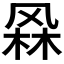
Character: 𭪫